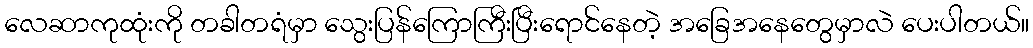
လေဆာကုထုံးကို တခါတရံမှာ သွေးပြန်ကြောကြီးပြီးရောင်နေတဲ့ အခြေအနေတွေမှာလဲ ပေးပါတယ်။